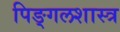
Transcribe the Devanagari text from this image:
पिङ्गलशास्त्र